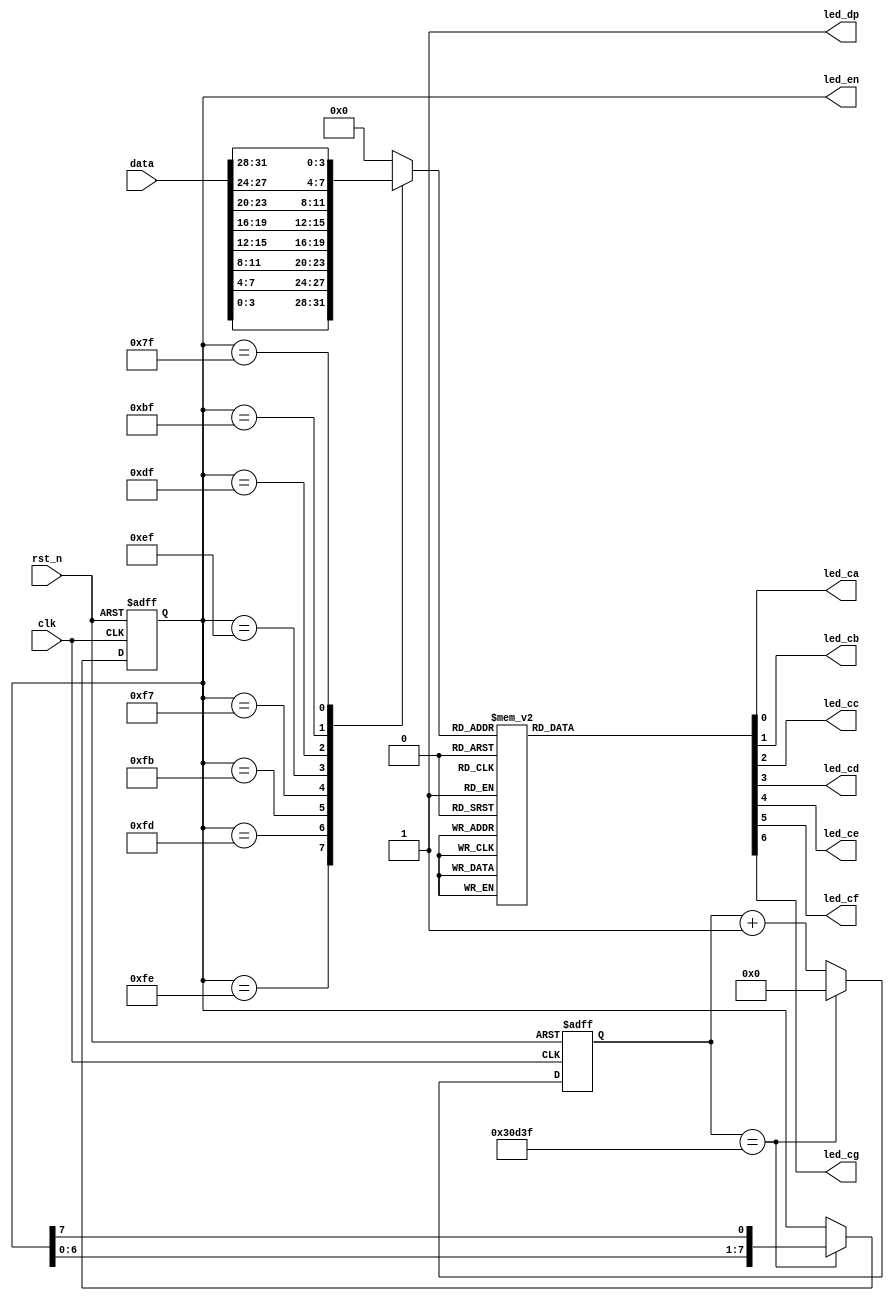
module tub_show (
    input wire clk,
    input wire rst_n,
    input wire [31:0] data,
    output reg [7:0] led_en,
    output reg led_ca,
    output reg led_cb,
    output reg led_cc,
    output reg led_cd,
    output reg led_ce,
    output reg led_cf,
    output reg led_cg,
    output wire led_dp
);

assign led_dp = 1'b1;
reg [21:0] cnt;
parameter cnt2ms_Max = 22'd200000;
wire flag_2ms = (cnt == cnt2ms_Max - 22'b1);

always @ (posedge clk or negedge rst_n) begin
    if (~rst_n)
        cnt <= 22'b0;
    else if (flag_2ms)
        cnt <= 22'b0;
    else
        cnt <= cnt + 1;
end

always @ (posedge clk or negedge rst_n) begin
    if (~rst_n)
        led_en <= 8'b11111110;
    else if (flag_2ms)
        led_en <= {led_en[6:0], led_en[7]};
end

reg [3:0] num;

always @ (*) begin
    case (led_en)
        8'b11111110 :
            num = data[3:0];
        8'b11111101 :
            num = data[7:4];
        8'b11111011 :
            num = data[11:8];
        8'b11110111 :
            num = data[15:12];
        8'b11101111:
            num = data[19:16];
        8'b11011111 :
            num = data[23:20];
        8'b10111111 :
            num = data[27:24];
        8'b01111111 :
            num = data[31:28];
        default :
            num = 4'h0;
    endcase
end

always @ (*) begin
    case (num)
        4'h0 : begin
            led_ca = 0; led_cb = 0; led_cc = 0; led_cd = 0; led_ce = 0; led_cf = 0; led_cg = 1;
        end
        4'h1 : begin
            led_ca = 1; led_cb = 0; led_cc = 0; led_cd = 1; led_ce = 1; led_cf = 1; led_cg = 1;
        end
        4'h2 : begin
            led_ca = 0; led_cb = 0; led_cc = 1; led_cd = 0; led_ce = 0; led_cf = 1; led_cg = 0;
        end
        4'h3 : begin
            led_ca = 0; led_cb = 0; led_cc = 0; led_cd = 0; led_ce = 1; led_cf = 1; led_cg = 0;
        end
        4'h4 : begin
            led_ca = 1; led_cb = 0; led_cc = 0; led_cd = 1; led_ce = 1; led_cf = 0; led_cg = 0;
        end
        4'h5 : begin
            led_ca = 0; led_cb = 1; led_cc = 0; led_cd = 0; led_ce = 1; led_cf = 0; led_cg = 0;
        end
        4'h6 : begin
            led_ca = 0; led_cb = 1; led_cc = 0; led_cd = 0; led_ce = 0; led_cf = 0; led_cg = 0;
        end
        4'h7 : begin
            led_ca = 0; led_cb = 0; led_cc = 0; led_cd = 1; led_ce = 1; led_cf = 1; led_cg = 1;
        end
        4'h8 : begin
            led_ca = 0; led_cb = 0; led_cc = 0; led_cd = 0; led_ce = 0; led_cf = 0; led_cg = 0;
        end
        4'h9 : begin
            led_ca = 0; led_cb = 0; led_cc = 0; led_cd = 1; led_ce = 1; led_cf = 0; led_cg = 0;
        end
        4'ha : begin
            led_ca = 0; led_cb = 0; led_cc = 0; led_cd = 1; led_ce = 0; led_cf = 0; led_cg = 0;
        end
        4'hb : begin
            led_ca = 1; led_cb = 1; led_cc = 0; led_cd = 0; led_ce = 0; led_cf = 0; led_cg = 0;
        end
        4'hc : begin
            led_ca = 1; led_cb = 1; led_cc = 1; led_cd = 0; led_ce = 0; led_cf = 1; led_cg = 0;
        end
        4'hd : begin
            led_ca = 1; led_cb = 0; led_cc = 0; led_cd = 0; led_ce = 0; led_cf = 1; led_cg = 0;
        end
        4'he : begin
            led_ca = 0; led_cb = 1; led_cc = 1; led_cd = 0; led_ce = 0; led_cf = 0; led_cg = 0;
        end
        4'hf : begin
            led_ca = 0; led_cb = 1; led_cc = 1; led_cd = 1; led_ce = 0; led_cf = 0; led_cg = 0;
        end
        default: begin
            led_ca = 0; led_cb = 0; led_cc = 0; led_cd = 0; led_ce = 0; led_cf = 0; led_cg = 0;
        end
    endcase
end

endmodule